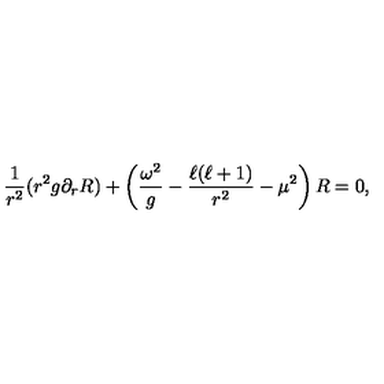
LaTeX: \frac { 1 } { r ^ { 2 } } ( r ^ { 2 } g \partial _ { r } R ) + \left( \frac { \omega ^ { 2 } } { g } - \frac { \ell ( \ell + 1 ) } { r ^ { 2 } } - \mu ^ { 2 } \right) R = 0 ,